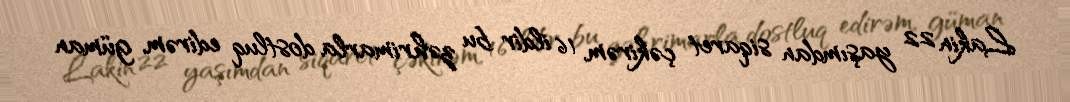
Lakin 22 yaşımdan siqaret çəkirəm, 16 ildir bu zəhrimarla dostluq edirəm, güman